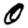
Digit: 0